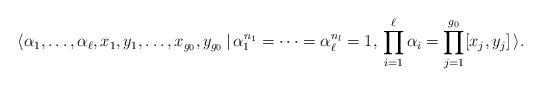
LaTeX: \begin{gather*}\langle \alpha_1,\dots,\alpha_{\ell}, x_1,y_1,\dots,x_{g_0},y_{g_0}\,|\, \alpha_1^{n_1}=\cdots =\alpha_{\ell}^{n_l}=1,\, \prod_{i=1}^{\ell}\alpha_i=\prod_{j=1}^{g_0}[x_j,y_j]\,\rangle.\end{gather*}